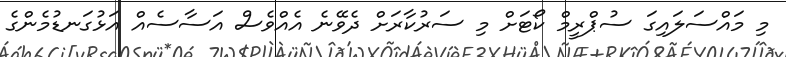
މި މައްސަލައިގަ ސުޕްރީމް ކޯޓަށް މި ސަރުކާރަށް ދެވޭނެ އެއްވެސް އަސާސެއް އަޅުގަނޑުމެންގެ